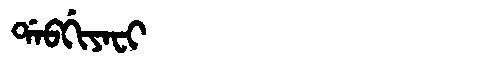
Manchu: ᡩᠠᠪᡤᡳᠶᠠᠸᡳ
Romanization: DABGIYAFI